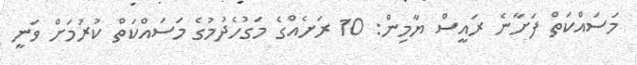
މަސައްކަތް ފަށާނެ ރައީސް ޔާމިން: 10 ރަށެއްގެ މަގުހެދުމުގެ މަސައްކަތް ކުރުމަށް ވަނީ